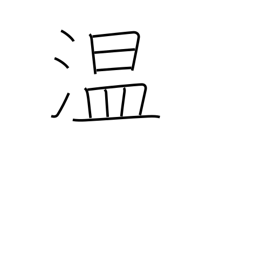
Meaning: warm